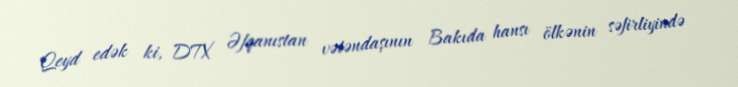
Qeyd edək ki, DTX Əfqanıstan vətəndaşının Bakıda hansı ölkənin səfirliyində